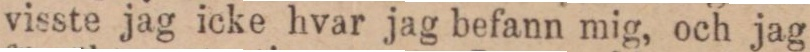
visste jag icke hvar jag befann mig, och jag